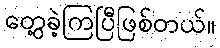
တွေ့ခဲ့ကြပြီဖြစ်တယ်။